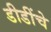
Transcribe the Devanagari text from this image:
डीडींचे